King Institute of Preventive Medicine Micro-Biological Section reports 1912-19
Year: 1912
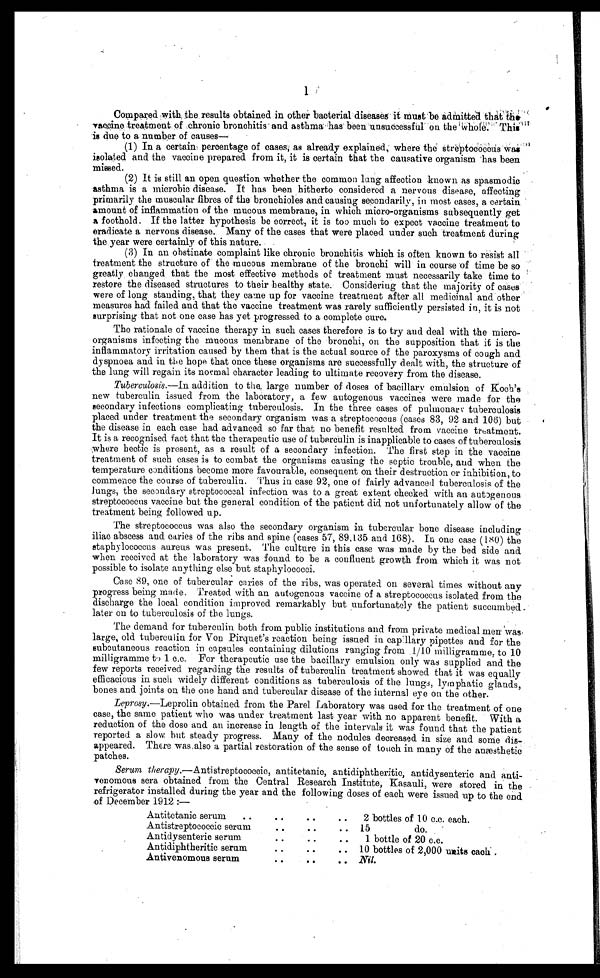
1
Compared with the results obtained in other bacterial diseases it must be admitted that the
v a c c i n e t r e a t m e n t o f c h r o n i c b r o n c h i t i s a n d a s t h m a h a s b e e n u n s u c c e s s f u l o n t h e
w h o l e . T h i s i s d u e t o a n u m b e r o f c a u s e s —
(1) In a certain percentage of cases, as already explained, where the streptococcus Was
isolated and the vaccine prepared from it, it is certain that the causative organism has been
missed.
(2)
It is still an open question whether the common lung affection known as spasmodie
asthma is a microbic disease. It has been hitherto considered a nervous disease, affecting
primarily the muscular fibres of the bronchioles and causing secondarily, in most cases, a certain
amount of inflammation of the mucous membrane, in which micro-organisms subsequently get
a foothold. If the latter hypothesis be correct, it is too much to expect vaccine treatment to
eradicate a nervous disease. Many of the cases that were placed under such treatment during
the year were certainly of this nature.
(3)
In an obstinate complaint like chronic bronchitis which is often known to resist all
treatment the structure of the mucous membrane of the bronchi will in course of time be so
greatly changed that the most effective methods of treatment must necessarily take time to
restore the diseased structures to their healthy state. Considering that the majority of cases
were of long standing, that they came up for vaccine treatment after all medicinal and other
measures had failed and that the vaccine treatment was rarely sufficiently persisted in, it is not
surprising that not one case has yet progressed to a complete cure.
The rationale of vaccine therapy in such cases therefore is to try and deal with the micro-
organisms infecting the mucous membrane of the bronchi, on the supposition that it is the
inflammatory irritation caused by them that is the actual source of the paroxysms of cough and
dyspnoea and in the hope that once these organisms are successfully dealt with, the structure of
the lung will regain its normal character leading to ultimate recovery from the disease.
Tuberculosis.—In addition to the large number of doses of bacillary emulsion of Koch's
new tuberculin issued from the laboratory, a few autogenous vaccines were made for the
secondary infections complicating tuberculosis. In the three cases of pulmonary tuberculosis
placed under treatment the secondary organism was a streptococcus (cases 83, 92 and 106) but
the disease in each case had advanced so far that no benefit resulted from vaccine treatment.
It is a recognised fact that the therapeutic use of tuberculin is inapplicable to cases of tuberculosis
where hectic is present, as a result of a secondary infection. The first step in the vaccine
treatment of such cases is to combat the organisms causing the septic trouble, and when the
temperature conditions become more favourable, consequent on their destruction or inhibition, to
commence the course of tuberculin. Thus in case 92, one of fairly advanced tuberculosis of the
lungs, the secondary streptococcal infection was to a great extent checked with an autogenous
streptococcus vaccine but the general condition of the patient did not unfortunately allow of the
treatment being followed up.
The streptococcus was also the secondary organism in tubercular bone disease including
iliac abscess and caries of the ribs and spine (cases 57, 89,135 and 168). In one case (180) the
staphylococcus aureus was present. The culture in this case was made by the bed side and
when received at the laboratory was found to be a confluent growth from which it was not
possible to isolate anything else but staphylococci.
Case 89, one of tubercular caries of the ribs, was operated on several times without any
progress being made. Treated with an autogenous vaccine of a streptococcus isolated from the
discharge the local condition improved remarkably but unfortunately the patient succumbed
later on to tuberculosis of the lungs.
The demand for tuberculin both from public institutions and from private medical men was
large, old tuberculin for Von Pirquet's reaction being issued in capillary pipettes and for the
subcutaneous reaction in capsules containing dilutions ranging from 1/10 milligramme, to 10
milligramme to 1 c.c. For therapeutic use the bacillary emulsion only was supplied and the
few reports received regarding the results of tuberculin treatment showed that it was equally
efficacious in such widely different conditions as tuberculosis of the lungs, lymphatic glands,
bones and joints on the one hand and tubercular disease of the internal eye on the other.
Leprosy. —Leprolin obtained from the Parel Laboratory was used for the treatment of one
case, the same patient who was under treatment last year with no apparent benefit. With a
reduction of the dose and an increase in length of the intervals it was found that the patient
reported a slow but steady progress. Many of the nodules decreased in size and some dis-
appeared. There was also a partial restoration of the sense of touch in many of the anæsthetic
patches.
Serum therapy. —Antistreptococcic, antitetanic, antidiphtheritic, antidysenteric and
anti-venomous sera obtained from the Central Research Institute, Kasauli, were stored in the
refrigerator installed during the year and the following doses of each were issued up to the end
of December 1912:—